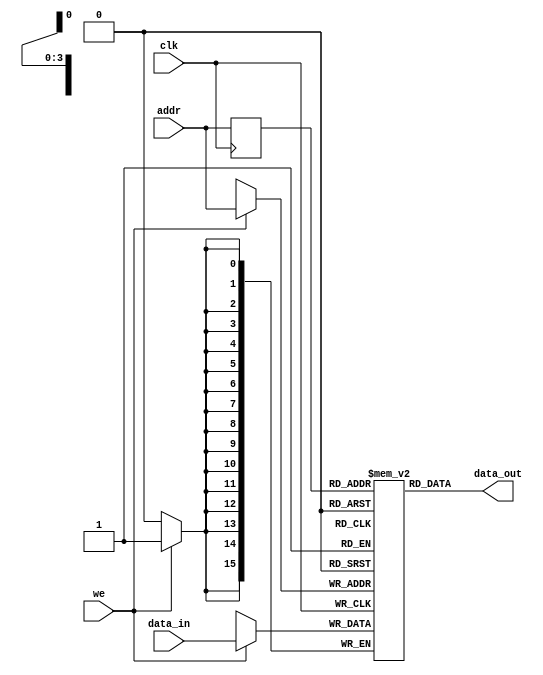
module sram
(
	input clk,
	input we,
	input [3:0] addr,
	input [15:0] data_in,
	output [15:0] data_out
);

	// Declare the RAM variable
	reg [15:0] mem[15:0];

	// Variable to hold the registered read address
	reg [3:0] addr_reg;

	always @ (posedge clk)
	begin
	// Write
		if (we)
			mem[addr] <= data_in;

		addr_reg <= addr;

	end

	// Continuous assignment implies read returns NEW data.
	// This is the natural behavior of the TriMatrix memory
	// blocks in Single Port mode.
	assign data_out = mem[addr_reg];

endmodule